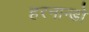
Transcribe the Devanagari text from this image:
हरनान्डो